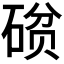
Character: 𮀧